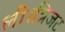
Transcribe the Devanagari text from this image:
ली।त्रिजट